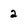
Character: 2